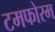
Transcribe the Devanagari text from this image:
टमफोरम